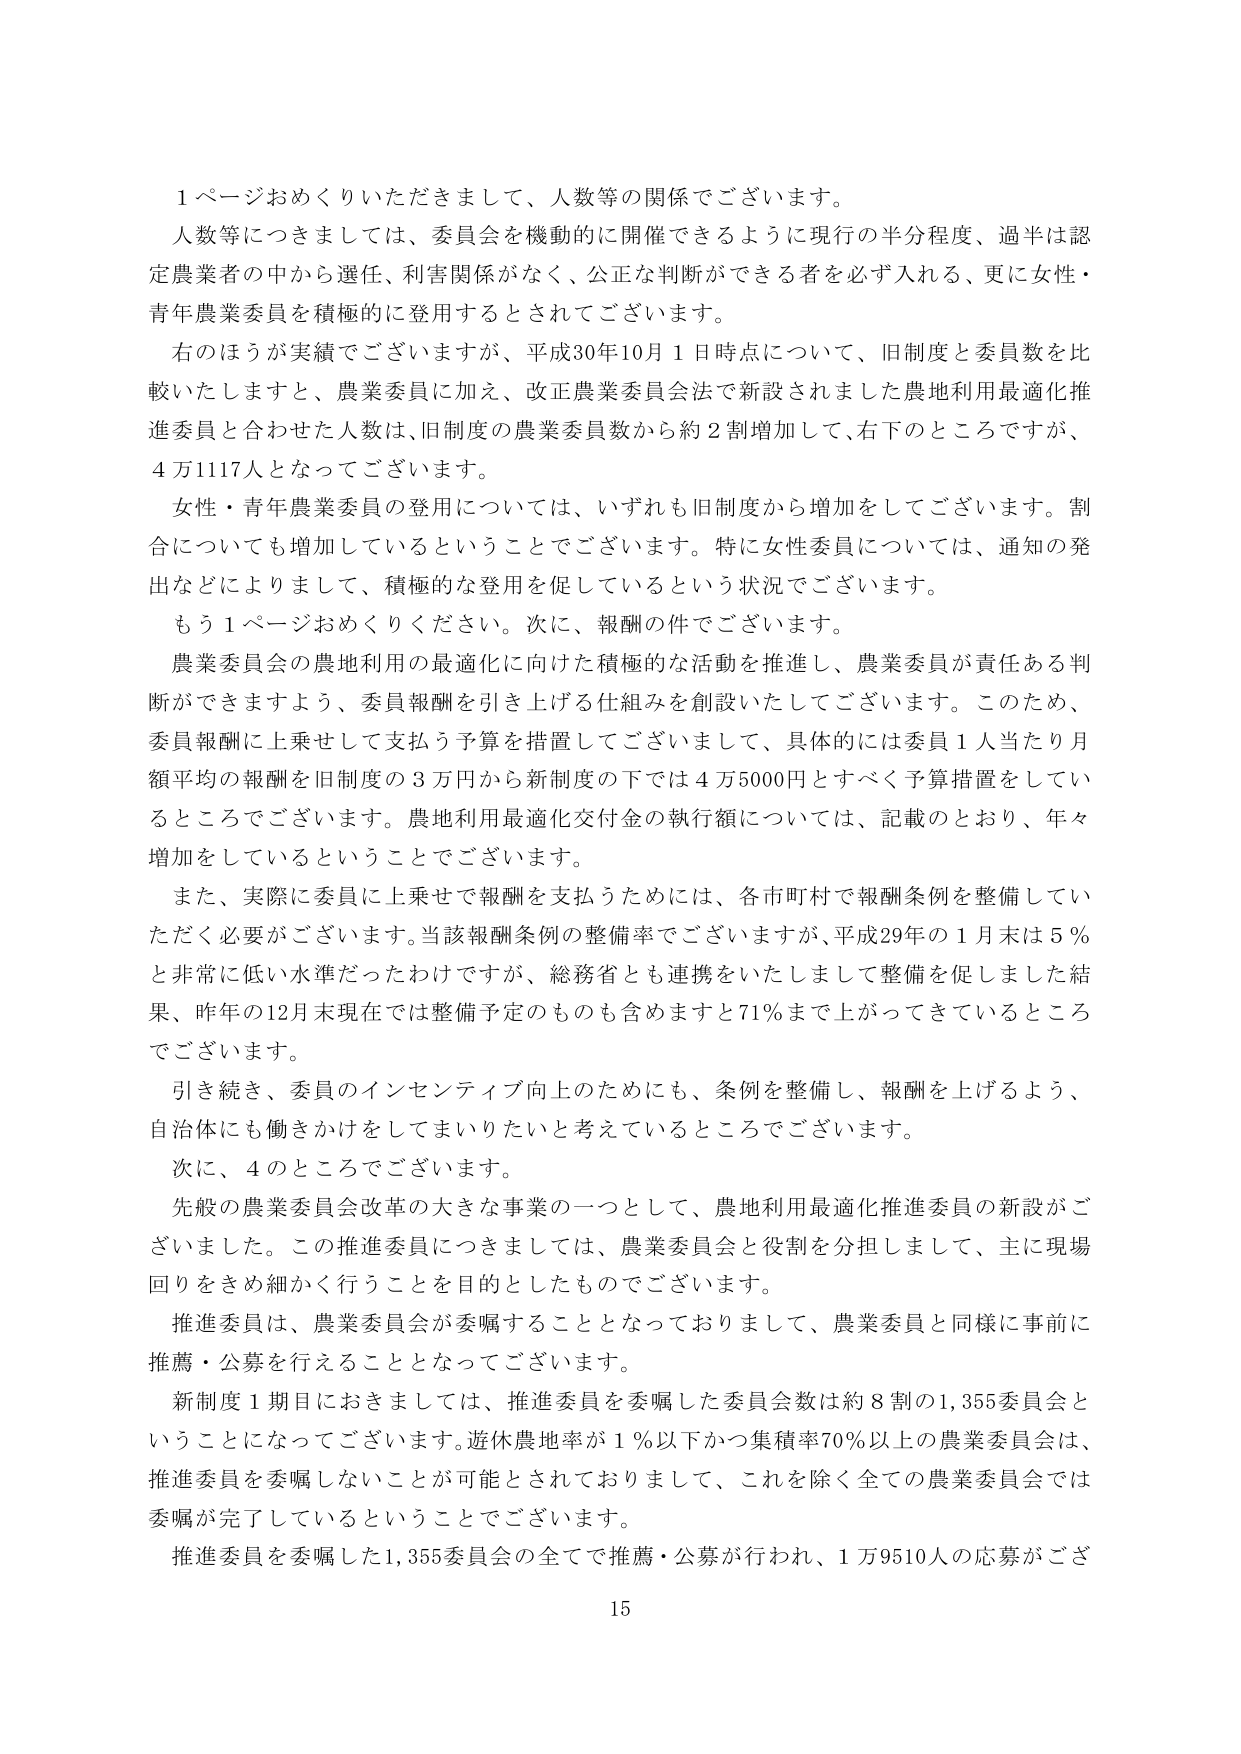
1ページおめくりいただきまして、人数等の関係でございます。

人数等につきましては、委員会を機動的に開催できるように現行の半分程度、過半は認定農業者の中から選任、利害関係がなく、公正な判断ができる者を必ず入れる、更に女性・青年農業委員を積極的に登用するとされてございます。

右のほうが実績でございますが、平成30年10月1日時点について、旧制度と委員数を比較いたしますと、農業委員に加え、改正農業委員会法で新設されました農地利用最適化推進委員と合わせた人数は、旧制度の農業委員数から約2割増加して、右下のところですが、4万1117人となってございます。

女性・青年農業委員の登用については、いずれも旧制度から増加をしてございます。割合についても増加しているということでございます。特に女性委員については、通知の発出などによりまして、積極的な登用を促しているという状況でございます。

もう1ページおめくりください。次に、報酬の件でございます。

農業委員会の農地利用の最適化に向けた積極的な活動を推進し、農業委員が責任ある判断ができますよう、委員報酬を引き上げる仕組みを創設いたしてございます。このため、委員報酬に上乗せして支払う予算を措置してございまして、具体的には委員1人当たり月額平均の報酬を旧制度の3万円から新制度の下では4万5000円とすべく予算措置をしているところでございます。農地利用最適化交付金の執行額については、記載のとおり、年々増加をしているということでございます。

また、実際に委員に上乗せで報酬を支払うためには、各市町村で報酬条例を整備していただく必要がございます。当該報酬条例の整備率でございますが、平成29年の1月末は5％と非常に低い水準だったわけですが、総務省とも連携をいたしまして整備を促しました結果、昨年の12月末現在では整備予定のものも含めますと71％まで上がってきているところでございます。

引き続き、委員のインセンティブ向上のためにも、条例を整備し、報酬を上げるよう、自治体にも働きかけをしてまいりたいと考えているところでございます。

次に、4のところでございます。

先般の農業委員会改革の大きな事業の一つとして、農地利用最適化推進委員の新設がございました。この推進委員につきましては、農業委員会と役割を分担しまして、主に現場回りをきめ細かく行うことを目的としたものでございます。

推進委員は、農業委員会が委嘱することとなっておりまして、農業委員と同様に事前に推薦・公募を行えることとなってございます。

新制度1期目におきましては、推進委員を委嘱した委員会数は約8割の1,355委員会ということになってございます。遊休農地率が1％以下かつ集積率70％以上の農業委員会は、推進委員を委嘱しないことが可能とされておりまして、これを除く全ての農業委員会では委嘱が完了しているということでございます。

推進委員を委嘱した1,355委員会の全てで推薦・公募が行われ、1万9510人の応募がござ

15